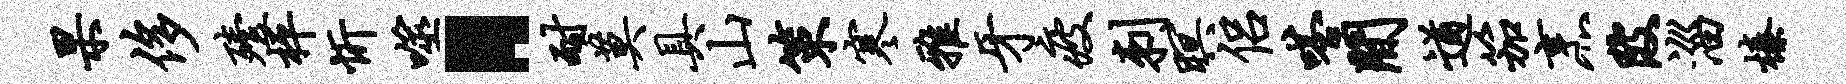
杲侈殪枰忻噬·耐莫具山策寒雅牙疲刺暝侣嗒间遒笳烹陂淄榛